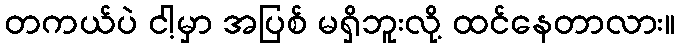
တကယ်ပဲ ငါ့မှာ အပြစ် မရှိဘူးလို့ ထင်နေတာလား။